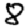
Digit: 8